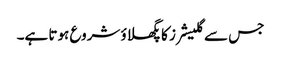
جس سے گلیشرز کا پگھلاؤ شروع ہوتا ہے۔